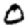
Digit: 0